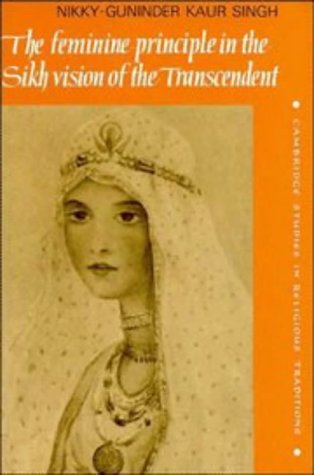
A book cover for The Feminine Principle in the Sikh Vision of the Transcendent (Cambridge Studies in Religious Traditions); Nikky-Guninder Kaur Singh; Religion & Spirituality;